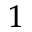
_ 1